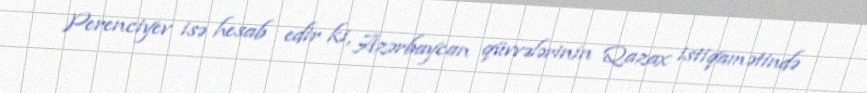
Perenciyev isə hesab edir ki, Azərbaycan qüvvələrinin Qazax istiqamətində